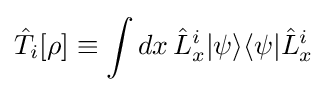
{\hat {T}}_{i}[\rho ]\equiv \int dx\,{\hat {L}}_{x}^{i}|\psi \rangle \langle \psi |{\hat {L}}_{x}^{i}